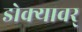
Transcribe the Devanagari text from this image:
डोक्यावर्